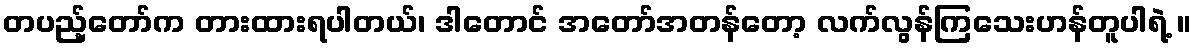
တပည့်တော်က တားထားရပါတယ်၊ ဒါတောင် အတော်အတန်တော့ လက်လွန်ကြသေးဟန်တူပါရဲ့ ။